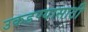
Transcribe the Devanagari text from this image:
उकडण्यासाठी